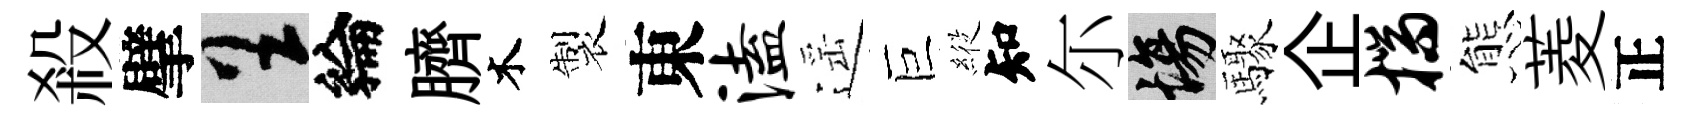
殺擘呈綸臍木製東溘遥巨𦂵知尓場驟企揣態菱正